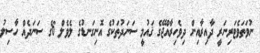
ނުވަތަވެޓަރިނަރީ ދާއިރާއިން ދިވެހިރާއްޖޭގެ ޤައުމީ ސަނަދުތަކުގެ އޮނިގަނޑުގެ ލެވެލް 6ގެ ސަނަދެއް ހާސިލު